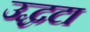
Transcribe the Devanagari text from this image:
उद्धटा